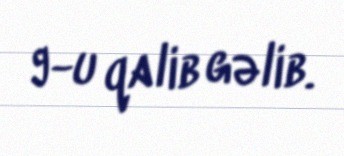
9-u qalib gəlib.